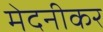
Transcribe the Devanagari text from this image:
मेदनीकर